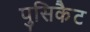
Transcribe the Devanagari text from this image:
पुसिकैट